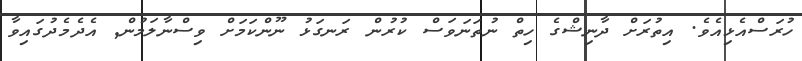
ހުރަސްއެޅިިއެވެ. އިތުރަށް ދާނިޝްގެ ހިތް ނުތަނަވަސް ކުރުން ރަނގަޅު ނޫންކަމަށް ވިސްނާލަމުން